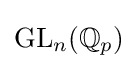
{\text{GL}}_{n}(\mathbb {Q} _{p})